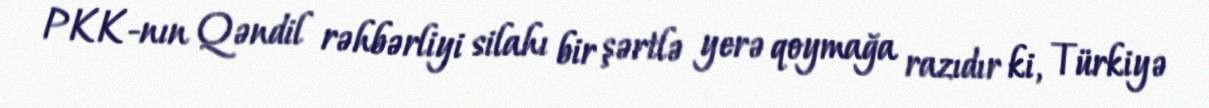
PKK-nın Qəndil rəhbərliyi silahı bir şərtlə yerə qoymağa razıdır ki, Türkiyə